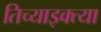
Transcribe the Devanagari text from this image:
तिच्याइक्त्या